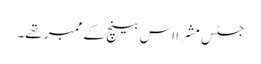
جسٹس مشرا اس بینچ کے ممبر تھے۔